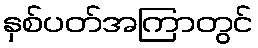
နှစ်ပတ်အကြာတွင်